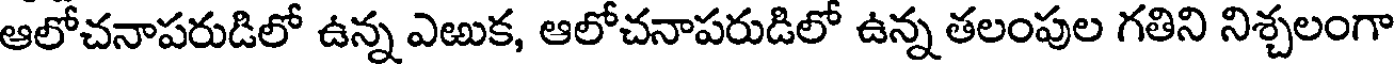
ఆలోచనాపరుడిలో ఉన్న ఎఱుక, ఆలోచనాపరుడిలో ఉన్న తలంపుల గతిని నిశ్చలంగా